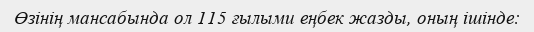
Өзінің мансабында ол 115 ғылыми еңбек жазды, оның ішінде: